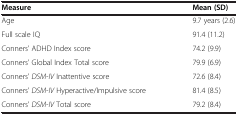
<table><thead><tr><td><b>Measure</b></td><td><b>Mean (SD)</b></td></tr></thead><tbody><tr><td>Age</td><td>9.7 years (2.6)</td></tr><tr><td>Full scale IQ</td><td>91.4 (11.2)</td></tr><tr><td>Conners’ ADHD Index score</td><td>74.2 (9.9)</td></tr><tr><td>Conners’ Global Index Total score</td><td>79.9 (6.9)</td></tr><tr><td>Conners’ <i>DSM-IV</i> Inattentive score</td><td>72.6 (8.4)</td></tr><tr><td>Conners’ <i>DSM-IV</i> Hyperactive/Impulsive score</td><td>81.4 (8.5)</td></tr><tr><td>Conners’ <i>DSM-IV</i> Total score</td><td>79.2 (8.4)</td></tr></tbody></table>